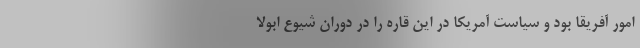
امور آفریقا بود و سیاست آمریکا در این قاره را در دوران شیوع ابولا